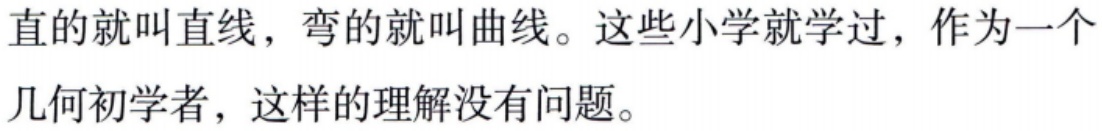
直的就叫直线，弯的就叫曲线。这些小学就学过，作为一个几何初学者，这样的理解没有问题。